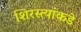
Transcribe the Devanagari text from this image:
शिरस्त्यांकडे